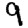
Digit: 9